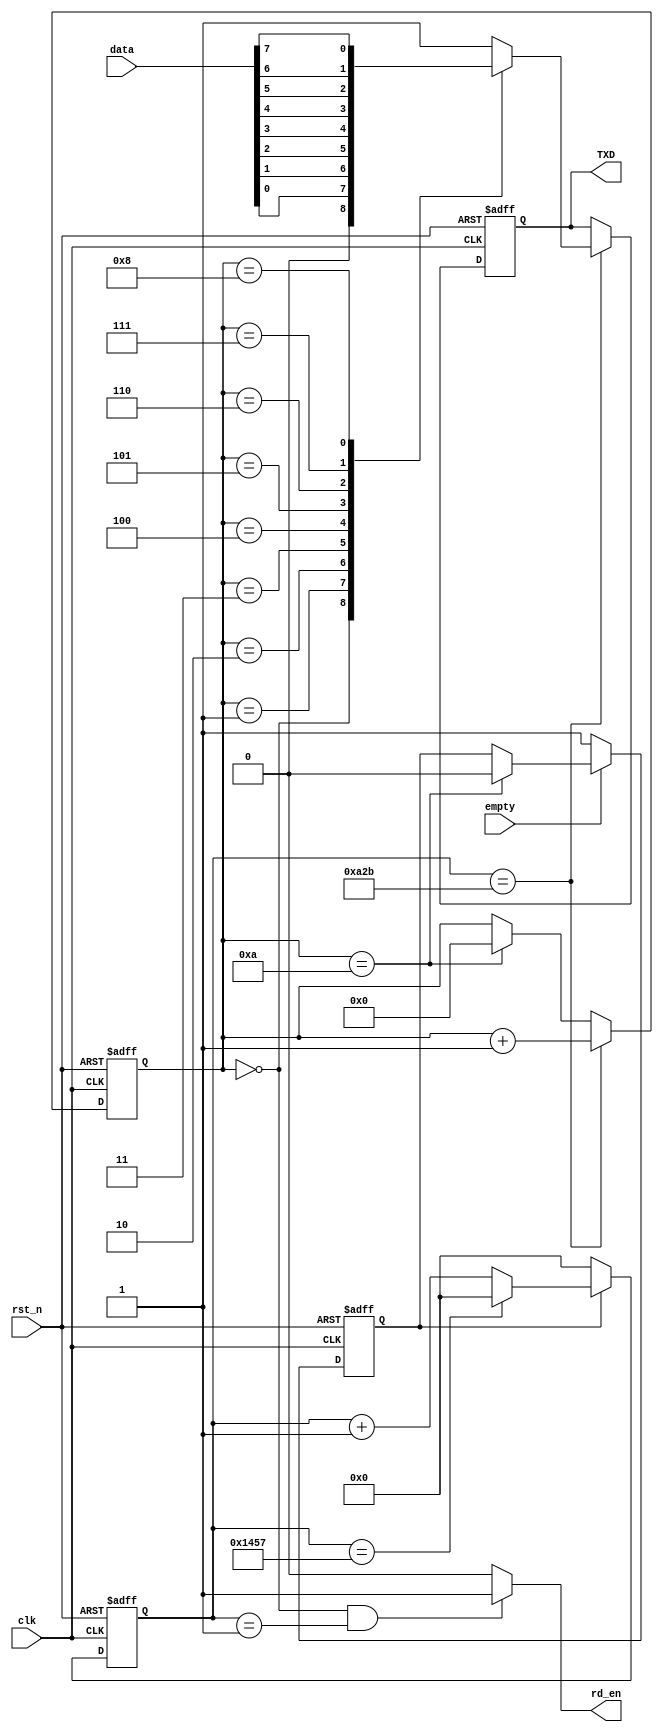
module uart_tx (
  input wire clk,
  input wire rst_n,
  input wire empty,
  input wire [7:0] data,
  output wire rd_en,
  output reg TXD
);

  parameter t = 5208;

  reg [14:0] cnt;
  reg flag;
  reg [3:0] num;

  always @(posedge clk, negedge rst_n)
  begin
    if (rst_n == 1'b0)
      cnt <= 15'd0;
    else if (flag)
    begin
      if (cnt == t - 1)
        cnt <= 15'd0;
      else
        cnt <= cnt + 1'b1;
    end
    else
      cnt <= 15'd0;
  end

  always @(posedge clk, negedge rst_n)
  begin
    if (rst_n == 1'b0)
      flag <= 1'b0;
    else if (empty == 1'b0)
      flag <= 1'b1;
    else if (num == 4'd10)
      flag <= 1'b0;
    else
      flag <= flag;
  end

  always @(posedge clk, negedge rst_n)
  begin
    if (rst_n == 1'b0)
      num <= 4'd0;
    else if (cnt == t / 2 - 1)
      num <= num + 1'b1;
    else if (num == 4'd10)
      num <= 4'd0;
    else
      num <= num;
  end

  assign rd_en = (num == 4'd0 && cnt == 15'd1) ? 1'b1 : 1'b0;

  always @(posedge clk, negedge rst_n)
  begin
    if (rst_n == 1'b0)
      TXD <= 1'b1;
    else if (cnt == t / 2 - 1)
      case (num)
        4'd0  :  TXD <= 1'b0;
        4'd1  :  TXD <= data[0];
        4'd2  :  TXD <= data[1];
        4'd3  :  TXD <= data[2];
        4'd4  :  TXD <= data[3];
        4'd5  :  TXD <= data[4];
        4'd6  :  TXD <= data[5];
        4'd7  :  TXD <= data[6];
        4'd8  :  TXD <= data[7];
        4'd9  :  TXD <= 1'b1;
        default  :  TXD <= 1'b1;
      endcase
  end

endmodule